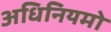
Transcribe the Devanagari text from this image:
अधिनियमो